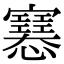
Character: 𢥛